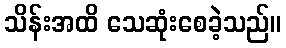
သိန်းအထိ သေဆုံးစေခဲ့သည်။